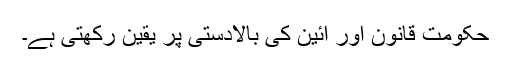
حکومت قانون اور آئین کی بالادستی پر یقین رکھتی ہے۔